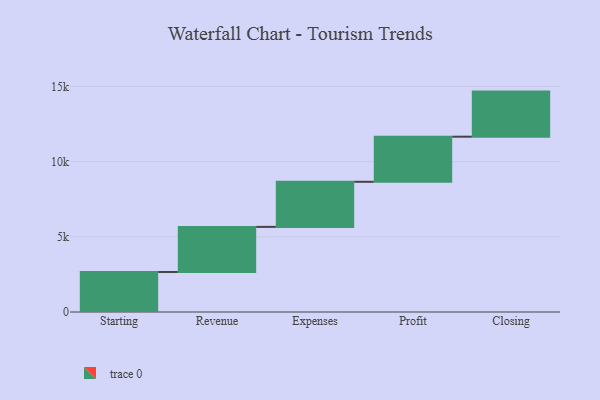
{"axis": {"x": "Step", "y": "Value"}, "legend": [""], "data": [{"x": "Starting", "y": 2663.0, "type": ""}, {"x": "Revenue", "y": 3000, "type": ""}, {"x": "Expenses", "y": 3000, "type": ""}, {"x": "Profit", "y": 3000, "type": ""}, {"x": "Closing", "y": 3000, "type": ""}]}